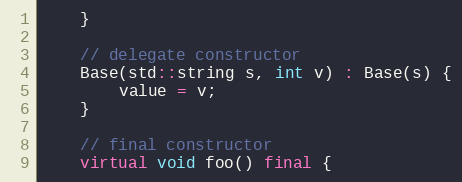
Language: C++
    }

    // delegate constructor
    Base(std::string s, int v) : Base(s) {
        value = v;
    }

    // final constructor
    virtual void foo() final {